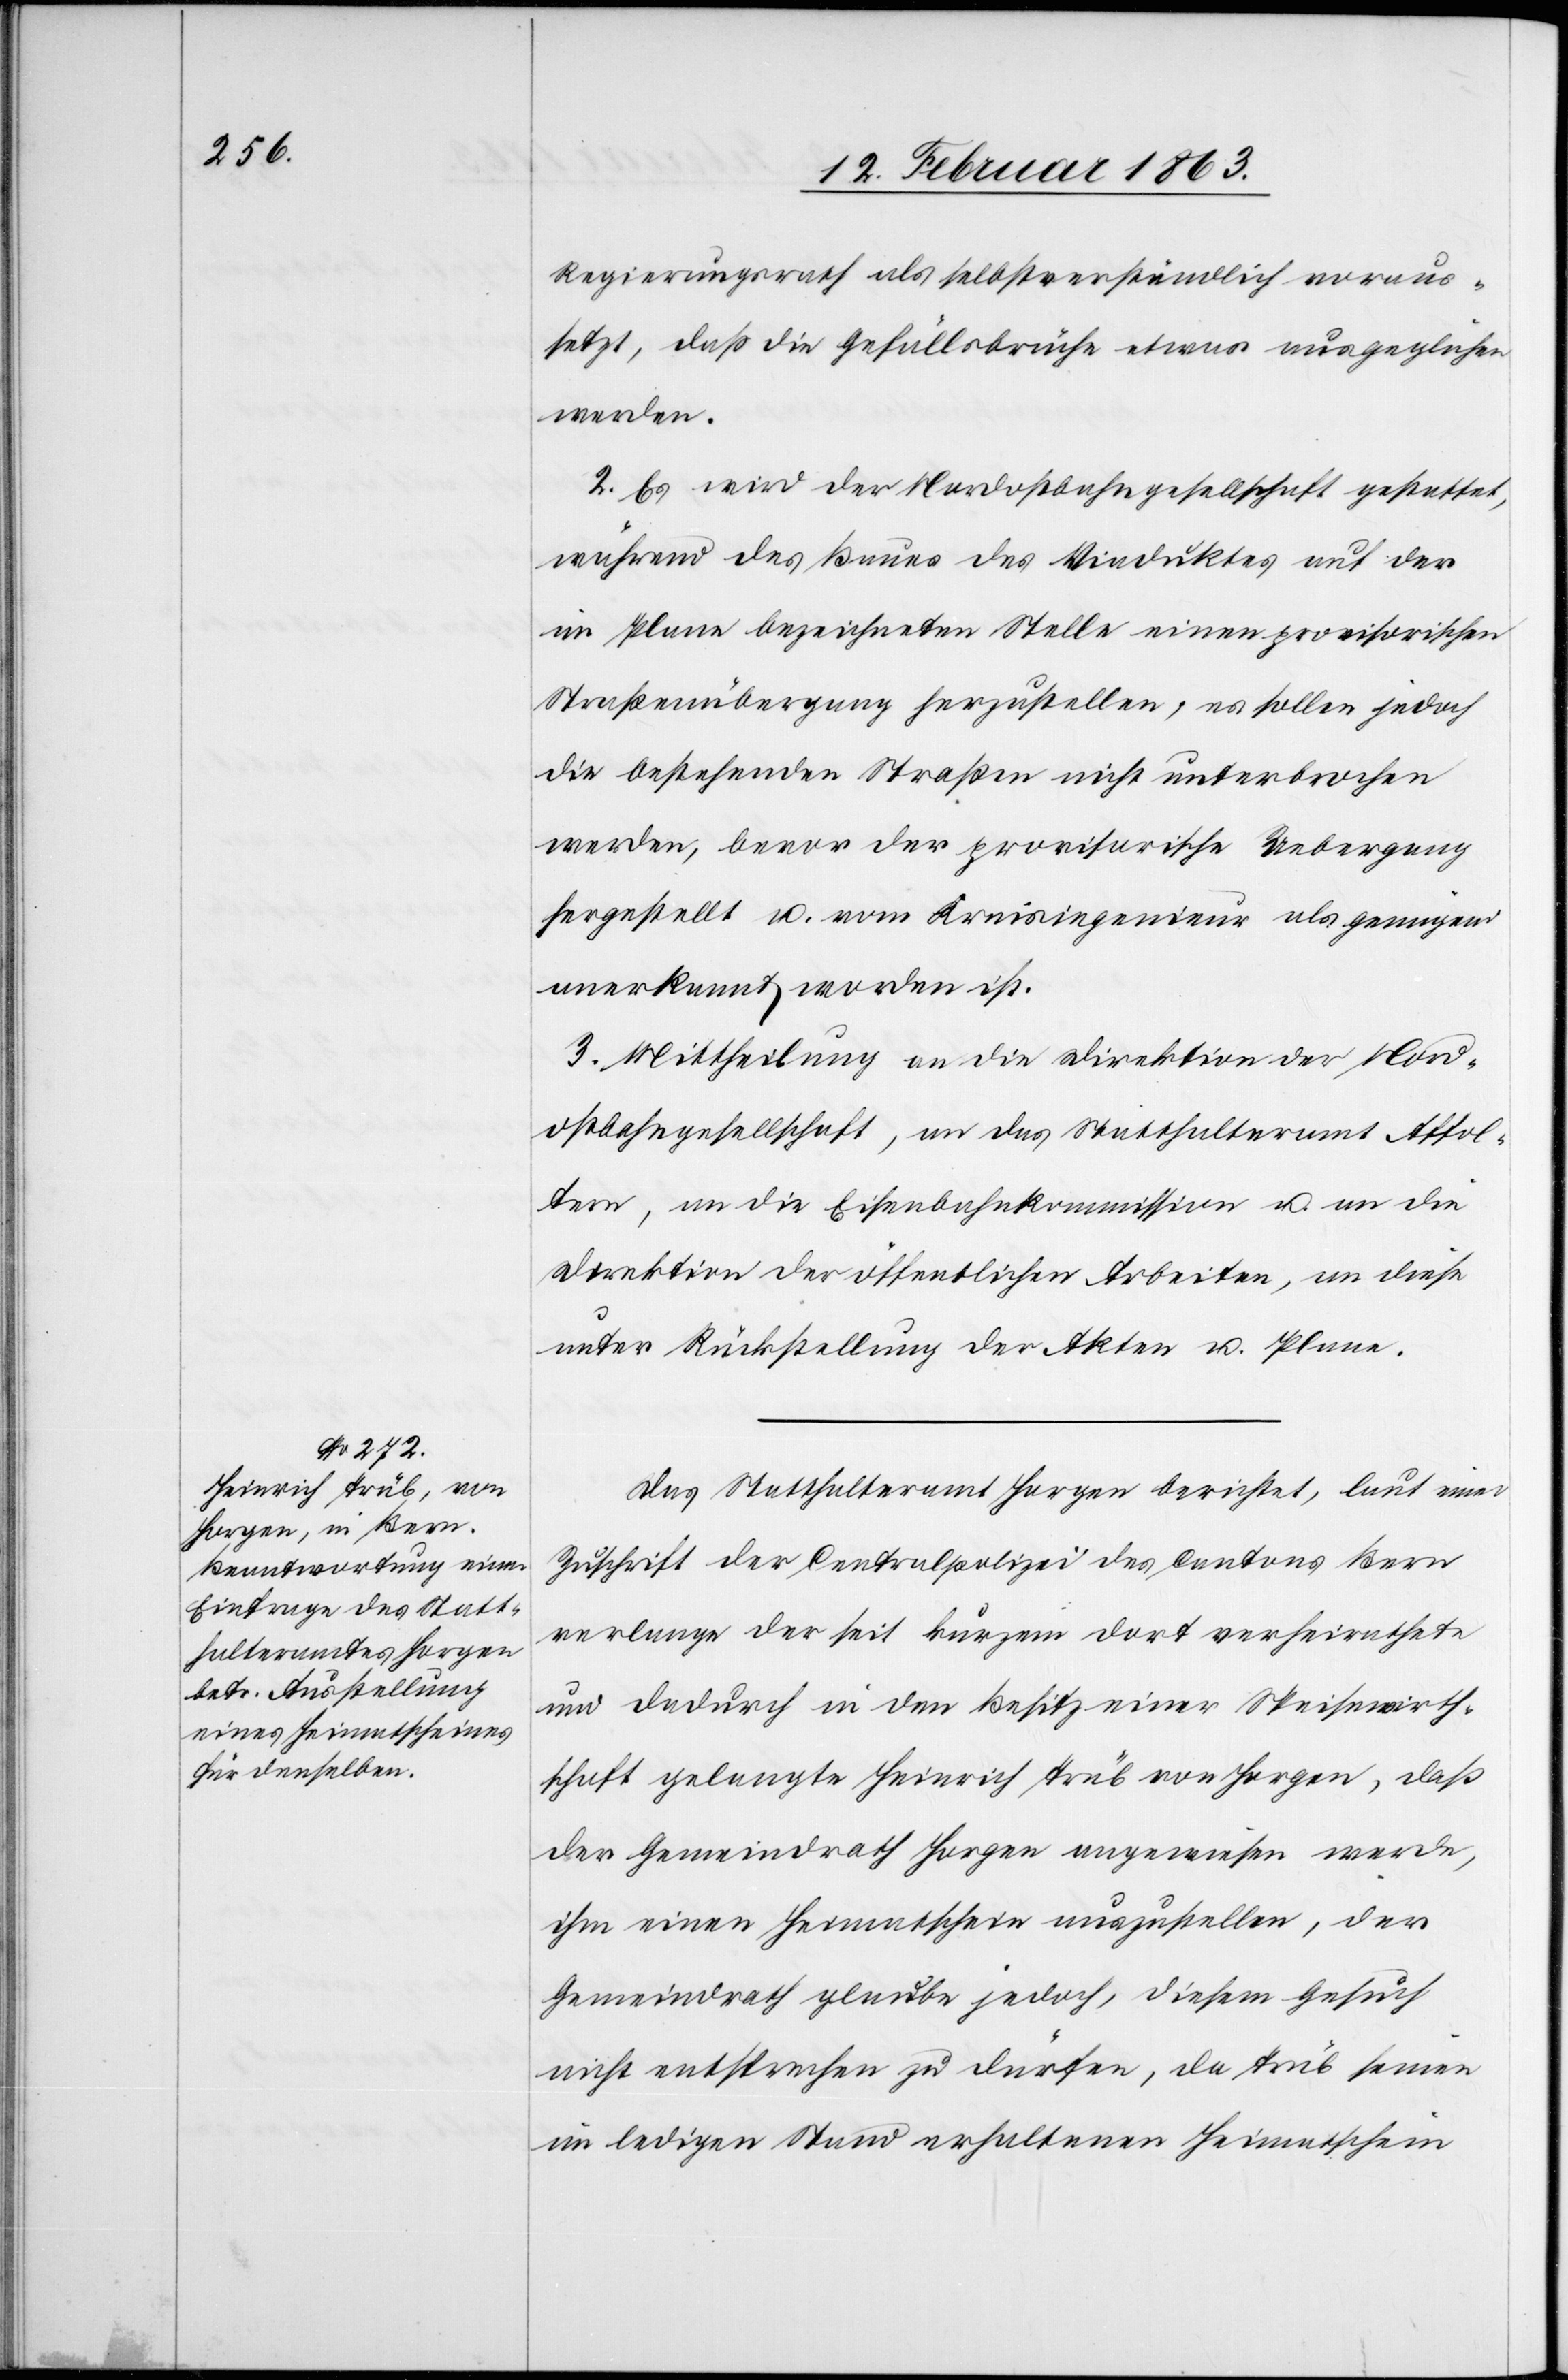
Regierungsrath als selbstverständlich voraus¬
setzt, daß die Gefällsbrüche etwas ausgeglichen
werden.
2. Es wird der Nordostbahngesellschaft gestattet,
während des Baues des Viaduktes auf der
im Plane bezeichneten Stelle einen provisorischen
Straßenübergang herzustellen, es sollen jedoch
die bestehenden Straßen nicht unterbrochen
werden, bevor der provisorische Uebergang
hergestellt u. vom Kreisingenieur als genügend
anerkannt worden ist.
3. Mittheilung an die Direktion der Nord¬
ostbahngesellschaft, an das Statthalteramt Affol¬
tern, an die Eisenbahnkommission u. an die
Direktion der öffentlichen Arbeiten, an diese
unter Rückstellung der Akten u. Plane.
Das Statthalteramt Horgen berichtet, laut einer
Zuschrift der Centralpolizei des Cantons Bern
verlange der seit kurzem dort verheirathete
und dadurch in den Besitz einer Speisewirth¬
schaft gelangte Heinrich Trüb von Horgen, daß
der Gemeindrath Horgen angewiesen werde,
ihm einen Heimatschein auszustellen, der
Gemeindrath glaube jedoch, diesem Gesuch
nicht entsprechen zu dürfen, da Trüb seinen
im ledigen Stand erhaltenen Heimatschein